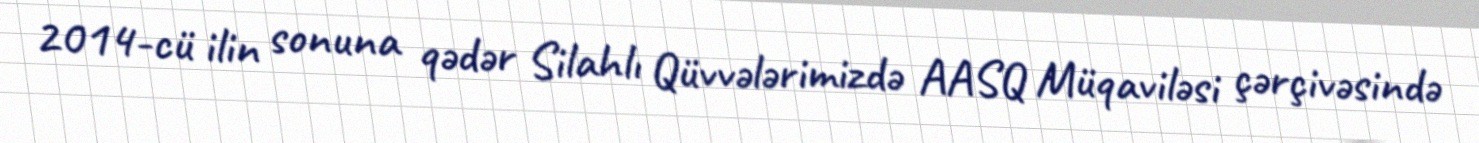
2014-cü ilin sonuna qədər Silahlı Qüvvələrimizdə AASQ Müqaviləsi çərçivəsində